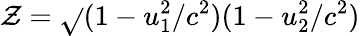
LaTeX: \mathcal{Z}={\sqrt{}{{(1-u_{1}^{2}/c^{2})(1-u_{2}^{2}/c^{2})}}}